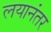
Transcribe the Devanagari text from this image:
लयानंतर